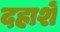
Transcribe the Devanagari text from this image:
दहाशें